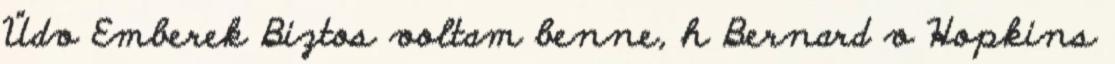
Üdv Emberek Biztos voltam benne, h Bernard v Hopkins